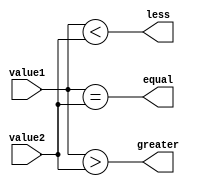
module magnitude_comparator (
    input [7:0] value1,
    input [7:0] value2,
    output equal,
    output greater,
    output less
);

assign equal = (value1 == value2);
assign greater = (value1 > value2);
assign less = (value1 < value2);

endmodule